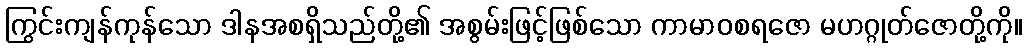
ကြွင်းကျန်ကုန်သော ဒါနအစရှိသည်တို့၏ အစွမ်းဖြင့်ဖြစ်သော ကာမာဝစရဇော မဟဂ္ဂုတ်ဇောတို့ကို။